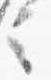
言